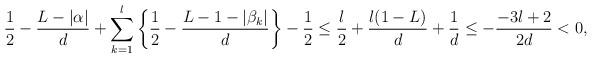
LaTeX: \begin{align*}\frac{1}{2}-\frac{L-|\alpha|}{d} +\sum_{k=1}^l\left\{ \frac{1}{2} - \frac{L-1-|\beta_k|}{d} \right\} -\frac{1}{2} \leq \frac{l}{2} + \frac{l(1-L)}{d} + \frac{1}{d} \leq -\frac{-3l+2}{2d} < 0,\end{align*}